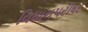
વિધાનપરીષદ